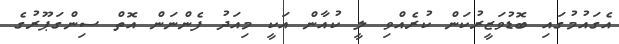
އެގައުމުގައި ބޮޑުވަޒީރުކަން ކުރެއްވި ލީ ކުއާން އަކީ މިއަދު ފެންނަން އޮތް ސިންގަޕޫރުގެ